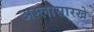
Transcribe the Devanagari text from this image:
अम्लासारखे